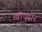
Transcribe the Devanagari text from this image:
खींपसर